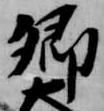
卿